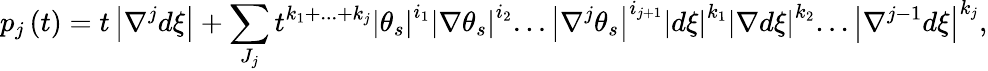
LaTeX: p_{j}\left(t\right)=t\left\vert\nabla^{j}d\xi\right\vert+\sum_{J_{j}}t^{k_{1}+...+k_{j}}\left\vert\theta_{s}\right\vert^{i_{1}}\left\vert\nabla\theta_{s}\right\vert^{i_{2}}...\left\vert\nabla^{j}\theta_{s}\right\vert^{i_{j+1}}\left\vert d\xi\right\vert^{k_{1}}\left\vert\nabla d\xi\right\vert^{k_{2}}...\left\vert\nabla^{j-1}d\xi\right\vert^{k_{j}},